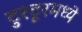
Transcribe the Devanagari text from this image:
टुरटूरमध्ये